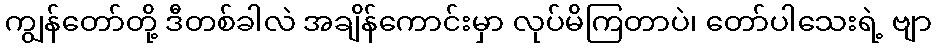
ကျွန်တော်တို့ ဒီတစ်ခါလဲ အချိန်ကောင်းမှာ လုပ်မိကြတာပဲ၊ တော်ပါသေးရဲ့ ဗျာ